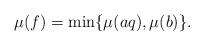
LaTeX: \begin{align*}\mu(f)=\min\{\mu(aq),\mu(b)\}.\end{align*}